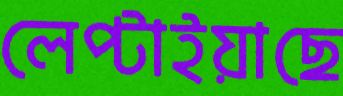
লেপ্‌টাইয়াছে